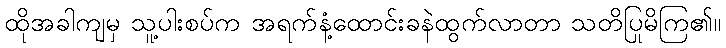
ထိုအခါကျမှ သူ့ပါးစပ်က အရက်နံ့ထောင်းခနဲထွက်လာတာ သတိပြုမိကြ၏။